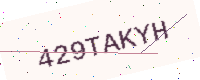
Text: 429TAKYH